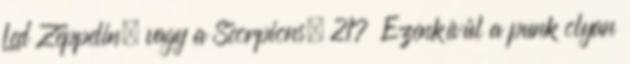
Led Zeppelin, vagy a Scorpions. 217 Ezenkívül a punk olyan